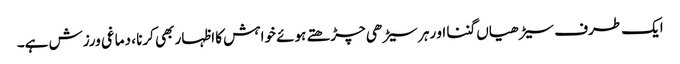
ایک طرف سیڑھیاں گننا او رہر سیڑھی چڑھتے ہوئے خواہش کا اظہار بھی کرنا ، دماغی ورزش ہے۔